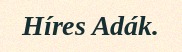
Híres Adák.